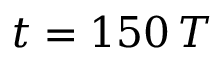
t = 1 5 0 \, T